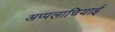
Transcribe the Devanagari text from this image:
अप्पलाचियाई